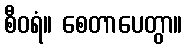
စီဝရံ။ စေတာပေတွာ။